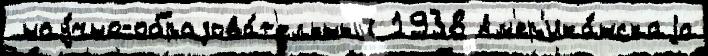
 нау́чно-образова́т'ельный 1938 Ам'ер'ика́нскаjа